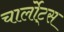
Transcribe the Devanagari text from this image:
चार्लोट्स